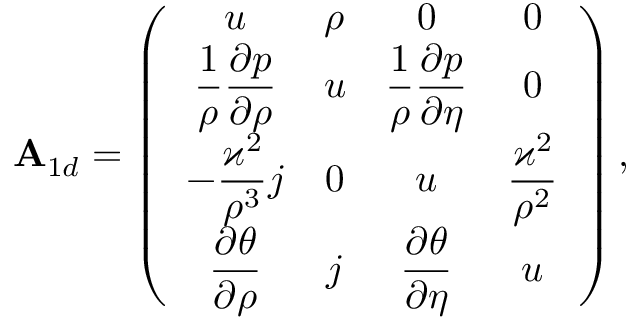
\begin{array} { r } { \everymath { \displaystyle } \mathbf { A } _ { 1 d } = \left( \begin{array} { c c c c } { u } & { \rho } & { 0 } & { 0 } \\ { \frac { 1 } { \rho } \frac { \partial p } { \partial \rho } } & { u } & { \frac { 1 } { \rho } \frac { \partial p } { \partial \eta } } & { 0 } \\ { - \frac { \varkappa ^ { 2 } } { \rho ^ { 3 } } j } & { 0 } & { u } & { \frac { \varkappa ^ { 2 } } { \rho ^ { 2 } } } \\ { \frac { \partial \theta } { \partial \rho } } & { j } & { \frac { \partial \theta } { \partial \eta } } & { u } \end{array} \right) , } \end{array}